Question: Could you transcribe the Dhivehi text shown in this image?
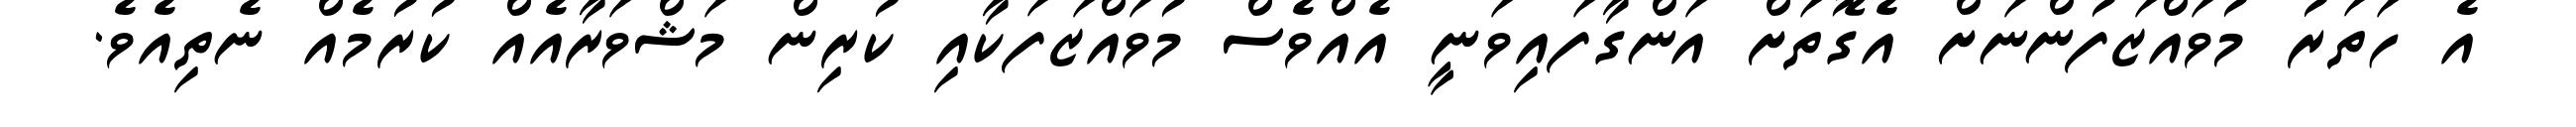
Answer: އެ ހަތަރު މުވައްޒަފުންނަށް އެގޮތަށް އަންގާފައިވަނީ އެއްވެސް މުވައްޒަފަކާއި ކުރިން މަޝްވަރާއެއް ކުރުމެއް ނެތިއެވެ.